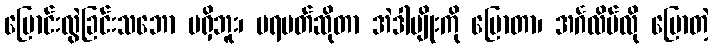
ပြောင်းလွဲခြင်းသဘော မရှိဘူး၊ ပရမတ်ဆိုတာ အဲဒါမျိုးကို ပြောတာ၊ အင်္ဂလိပ်လို ပြောတဲ့